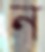
ন